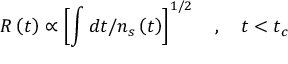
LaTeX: R \left( t \right) \propto \left[ \int d t / n _ { s } \left( t \right) \right] ^ { 1 / 2 } \quad , \quad t < t _ { c }